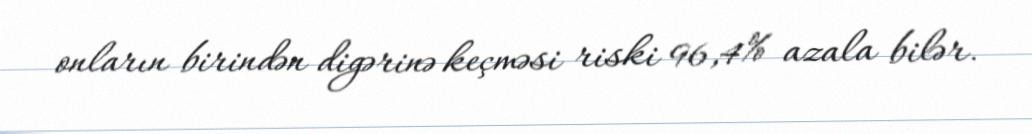
onların birindən digərinə keçməsi riski 96,4% azala bilər.